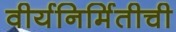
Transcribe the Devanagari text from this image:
वीर्यनिर्मितीची